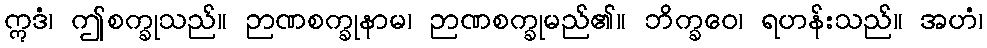
ဣဒံ၊ ဤစက္ခုသည်။ ဉာဏစက္ခုနာမ၊ ဉာဏစက္ခုမည်၏။ ဘိက္ခဝေ၊ ရဟန်းသည်။ အဟံ၊